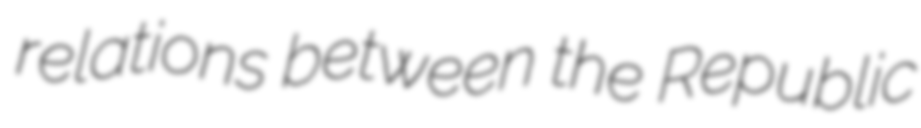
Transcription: relations between the Republic